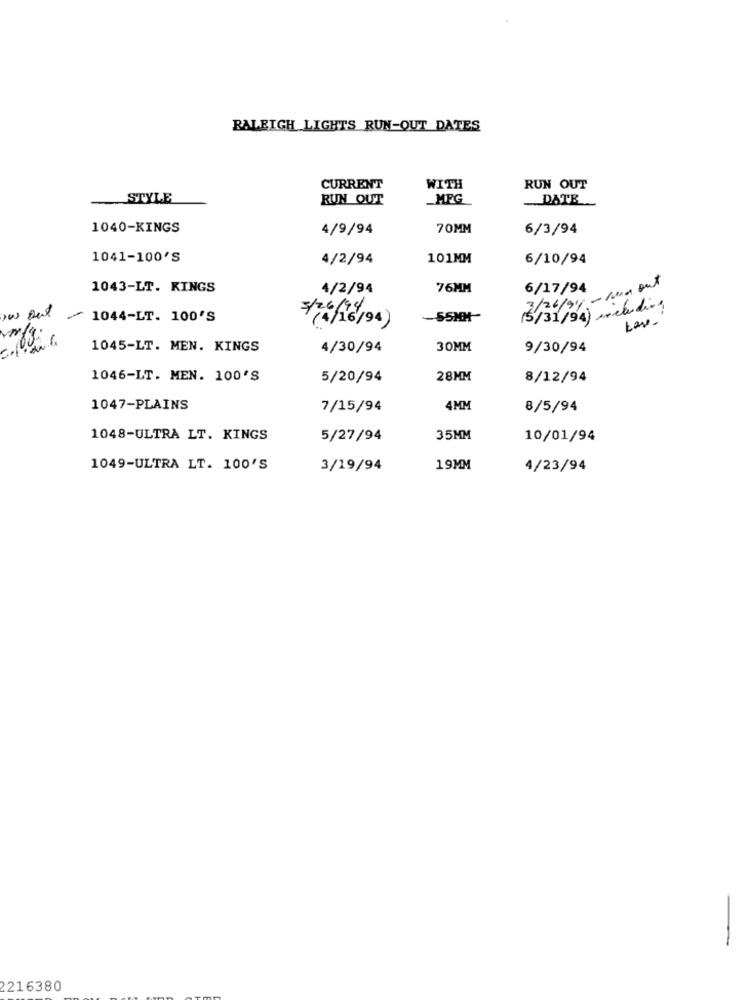
RALEIGH LIGHTS RUN-OUT DATES
CURRENT
WITH
RUN OUT
STYLE
RUN OUT
_MFG
DATE
1040-KINGS
4/9/94
70MM
6/3/94
1041-100'S
4/2/94
101MM
6/10/94
1043-LT. KINGS
4/2/94
76MM
3/26/94 - Med out
6/17/94
(5/31/94) eluding
1044-LT. 100'S
1045-LT. MEN. KINGS
4/30/94
30MM
9/30/94
1046-LT. MEN. 100'S
5/20/94
28MM
8/12/94
1047-PLAINS
7/15/94
4MM
8/5/94
1048-ULTRA LT. KINGS
5/27/94
35MM
10/01/94
1049-ULTRA LT. 100'S
3/19/94
19MM
4/23/94
-
2216380